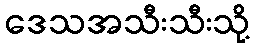
ဒေသအသီးသီးသို့